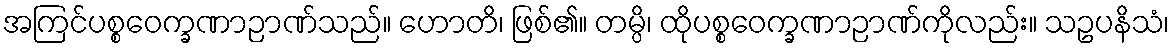
အကြင်ပစ္စဝေက္ခဏာဉာဏ်သည်။ ဟောတိ၊ ဖြစ်၏။ တမ္ပိ၊ ထိုပစ္စဝေက္ခဏာဉာဏ်ကိုလည်း။ သဥပနိသံ၊